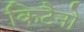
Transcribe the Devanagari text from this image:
किटैनो